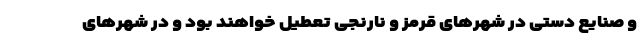
و صنایع دستی در شهرهای قرمز و نارنجی تعطیل خواهند بود و در شهرهای